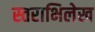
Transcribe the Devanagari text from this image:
स्तराभिलेख